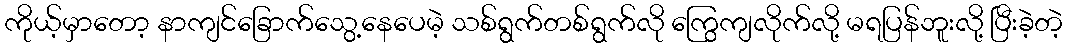
ကိုယ့်မှာတော့ နာကျင်ခြောက်သွေ့နေပေမဲ့ သစ်ရွက်တစ်ရွက်လို ကြွေကျလိုက်လို့ မရပြန်ဘူးလို့ ပြီးခဲ့တဲ့